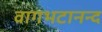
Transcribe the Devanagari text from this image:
वागभटानन्द